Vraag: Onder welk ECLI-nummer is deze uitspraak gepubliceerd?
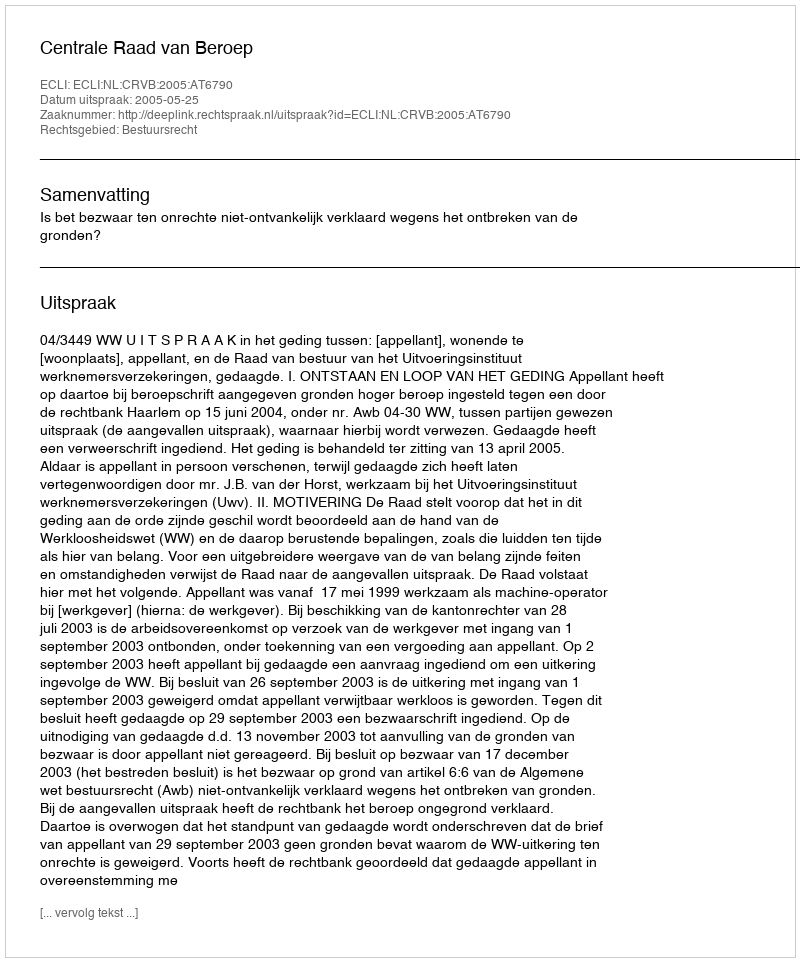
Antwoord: ECLI:NL:CRVB:2005:AT6790